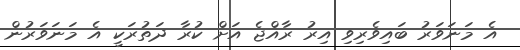
އެ މަނަވަރު ބައިވެރިވި އިރު ރާއްޖެ އަށް ކުރާ ދަތުރަކީ އެ މަނަވަރުން